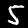
Label: 5